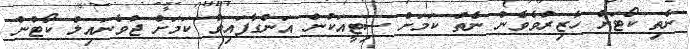
ނެތި ކޯޓަށް ހާޒިރުވެވެން ނެތް ކަމަށް ސިޓީއަކުން އަންގާފައިވާ ކަމަށް ޖުވެނައިލް ކޯޓުން